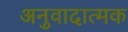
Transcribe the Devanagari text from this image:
अनुवादात्मक